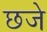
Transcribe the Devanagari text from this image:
छजे